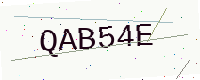
Text: QAB54E